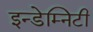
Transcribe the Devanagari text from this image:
इन्डेम्निटी